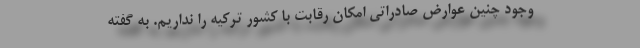
وجود چنین عوارض صادراتی امکان رقابت با کشور ترکیه را نداریم. به گفته